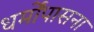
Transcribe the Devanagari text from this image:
धर्मोंपासना